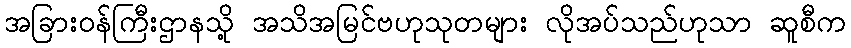
အခြားဝန်ကြီးဌာနသို့ အသိအမြင်ဗဟုသုတများ လိုအပ်သည်ဟုသာ ဆူစီက